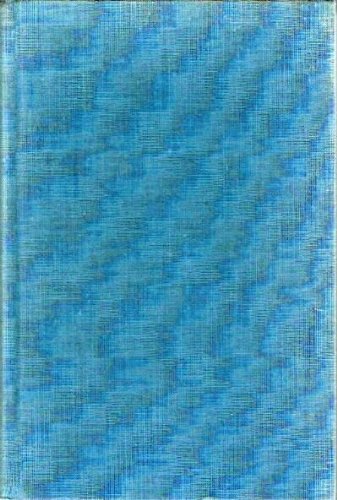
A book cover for The comic encyclopedia: A library of the literature and history of humor containing thousands of gags, sayings, and stories; Evan Esar; Reference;